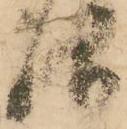
仰